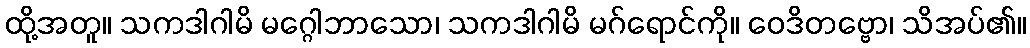
ထို့အတူ။ သကဒါဂါမိ မဂ္ဂေါဘာသော၊ သကဒါဂါမိ မဂ်ရောင်ကို။ ဝေဒိတဗ္ဗော၊ သိအပ်၏။